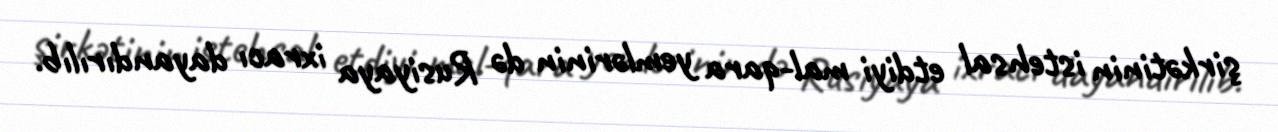
şirkətinin istehsal etdiyi mal-qara yemlərinin də Rusiyaya ixracı dayandırılıb.